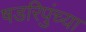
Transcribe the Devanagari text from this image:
षडरिपुंच्या